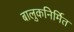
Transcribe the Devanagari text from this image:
बालुकनिर्मित